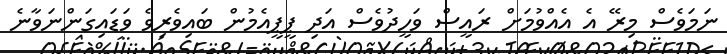
ނަމަވެސް މިރޭ އެ އެއްވުމަށް ރައީސް ވަހީދުވެސް އަދި ޕީޕީއެމުން ބައިވެރިވެ ވަޑައިގަންނަވާނެ